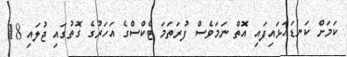
ކަމަށް ކަނޑައަޅައިފައި އޮތް ނަމަވެސް ފުރަތަމަ ޓެކްސްގެ އަހަރުގެ ގޮތުގައި ޖުލައި 18